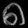
Digit: ၈